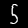
Label: 5